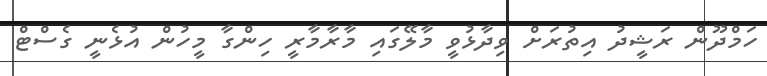
ހަމްދޫން ރަޝީދު އިތުރަށް ވިދާޅުވީ މާލޭގައި މާރާމާރީ ހިންގާ މީހުން އުޅެނީ ގެސްޓް